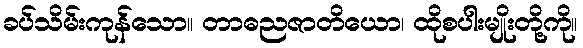
ခပ်သိမ်းကုန်သော။ တာဓညဇာတိယော၊ ထိုစပါးမျိုးတို့ကို။